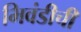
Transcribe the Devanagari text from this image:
भिवंडीची